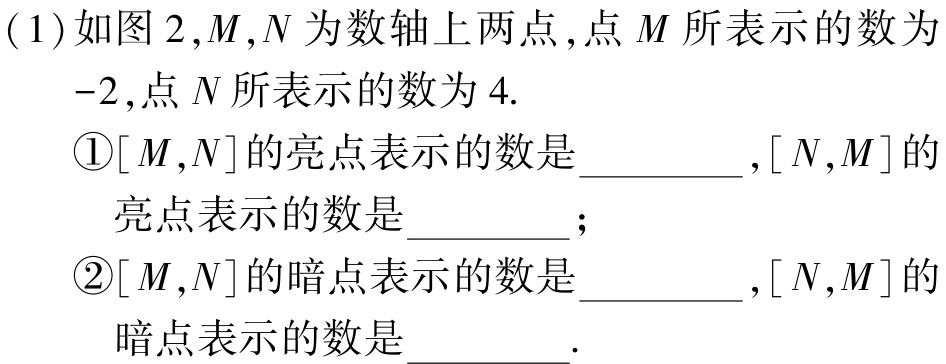
( 1 ) 如图 2 ,$M$,$N$为数轴上两点 , 点$M$所表示的数为

$-2$, 点$N$所表示的数为$4$.

\textcircled{1}$[M,N]$的亮点表示的数是_________,$[N,M]$的

亮点表示的数是_________;

\textcircled{2}$[M,N]$的暗点表示的数是_________,$[N,M]$的

暗点表示的数是_________.